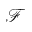
\mathcal { F }